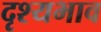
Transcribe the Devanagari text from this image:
दृश्यभाव